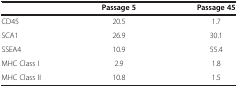
|  | Passage 5 | Passage 45 |
 | --- | --- | --- |
 | CD45 | 20.5 | 1.7 |
 | SCA1 | 26.9 | 30.1 |
 | SSEA4 | 10.9 | 55.4 |
 | MHC Class I | 2.9 | 1.8 |
 | MHC Class II | 10.8 | 1.5 |